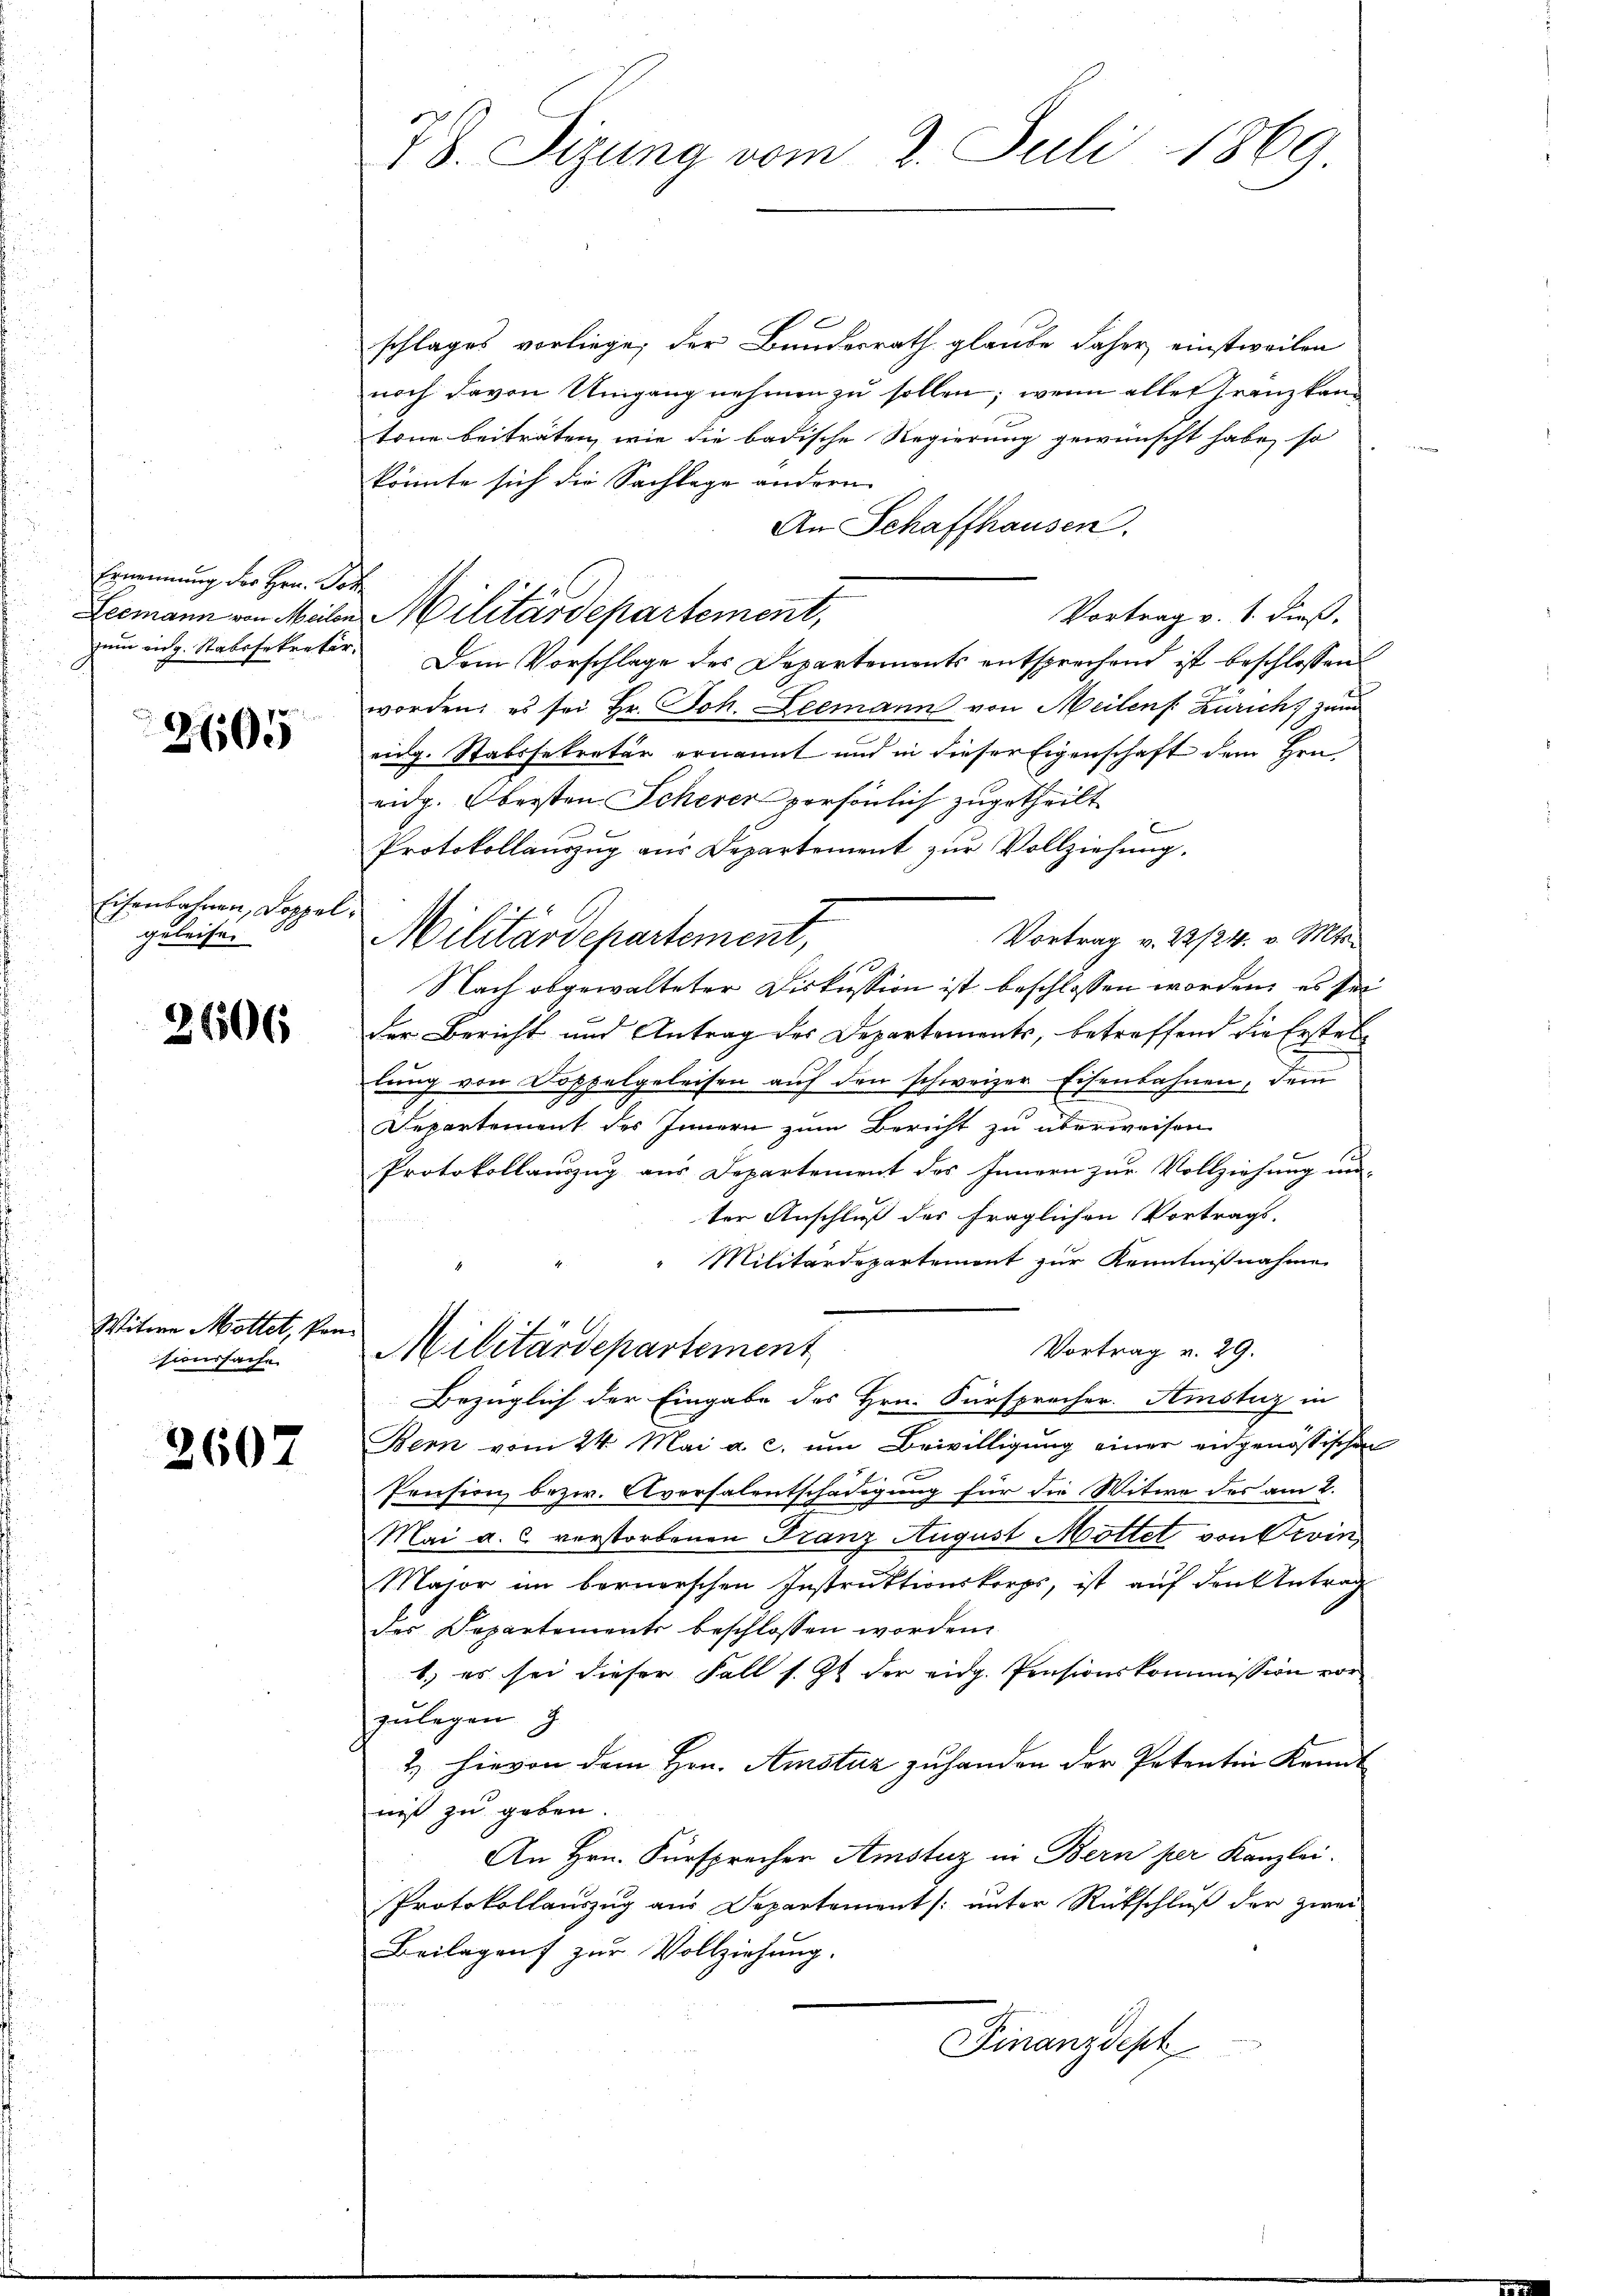
Ernennung der Hrn. Pez
Leemann von Meilen
zum eidg. Stabssekretär.

2605

Eisenbahnen, Doppel
geleise.

2606

Witwe Mottet, konsionssache

2607

78. Sizung vom 2. Juli 1869

1
schlages vorliege; der Bundesrath glaube daher einstweilen
noch davon Umgang nehmen zu sollen; wenn alles Franzkantone beiträten, wie die badische Regierung gewünscht habe, so
könnte sich die Sachlage andern
An Schaffhausen.
Militärdepartement,
Vortrag v. 1. dieß.
Dem Vorschlage des Departements entsprechend ist beschlossen:
worden; es sei Hr. Joh. Leemann von Meilen. Zürich, zum
eidg. Stabssekretär ernannt und in dieser Eigenschaft dem Hrn.
eidg. Obersten Scherer persönlich zugetheilt.
e
Protokollauszug aus Departement zur Vollziehung.
Vortrag v. 22/24. v. Mts.
Militärdepartement,
Nach abgewalteter Diskussion ist beschlossen worden, es sei
der Bericht und Antrag des Departements, betreffend die Erstel-
lŭng von Doppelgeleisen aŭf den schweizer Eisenbahnen, dem
Departement des Innern zum Bericht zu überweisen
Protokollauszug aus Departement des Innern zur Vollziehung un-
ter Anschluß der fraglichen Vortrags-
"Militärdepartement zur Kenntnißnahme
Militärdepartement
Vortrag u. 29.
Bezüglich der Eingabe des Hrn. Fürsprecher. Amsturz in
Bern vom 24. Mai a. c. um Bewilligung einer angenössischen
Prusion bezw. Avorsalentschädigung für die Witwe des am 2.
Mai a. c. verstorbenen Franz August Mottet von Orvin
Major im bernerschen Instruktionskorps, ist auf den Antrag
des Departements beschlossen worden.
1.) es sei dieser Fall s. Zt. der eidg. Pensionskommission vor
zulegen g
2 hievon dem Hrn. Amstuz zuhanden der Petentin Kennt
niß zu geben.
An Hrn. Fürsprecher Amstuz in Bern per Kanzlei.
Protokollauszug aus Departement /: unter Rückschluß der zwei
Beilagen zur Vollziehung.
Finanzdept